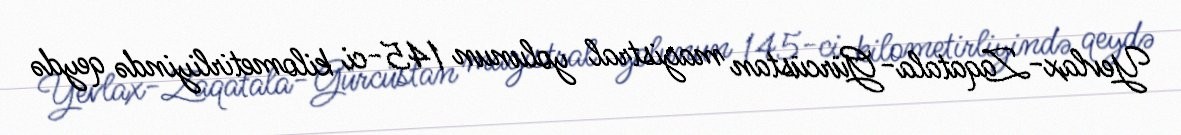
Yevlax-Zaqatala-Gürcüstan magistral yolunun 145-ci kilometirliyində qeydə